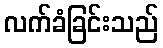
လက်ခံခြင်းသည်